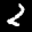
Label: 2